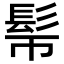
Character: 𩫿